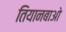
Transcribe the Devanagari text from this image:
तियानबाओ